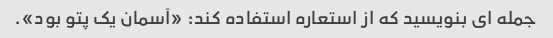
جمله ای بنویسید که از استعاره استفاده کند: «آسمان یک پتو بود».